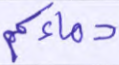
دماءكم